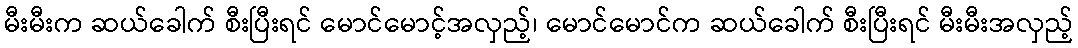
မီးမီးက ဆယ်ခေါက် စီးပြီးရင် မောင်မောင့်အလှည့်၊ မောင်မောင်က ဆယ်ခေါက် စီးပြီးရင် မီးမီးအလှည့်